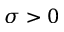
\sigma > 0